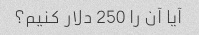
آیا آن را 250 دلار کنیم؟